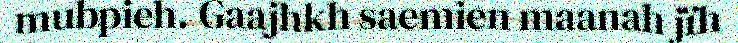
mubpieh. Gaajhkh saemien maanah jïh